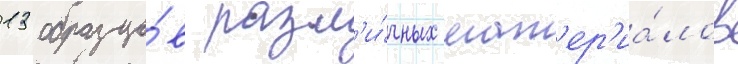
13 образцо́в разл'и́чных мат'ер'иа́лов